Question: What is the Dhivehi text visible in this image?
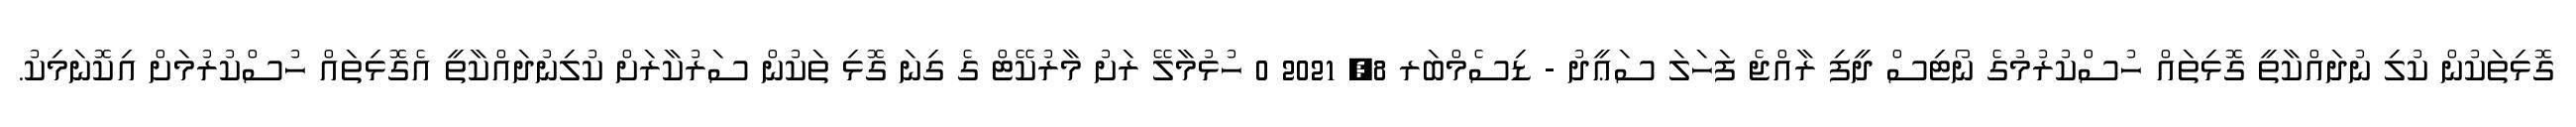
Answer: ގޮޅިތަކުން ކުލި ނުދައްކާތީ ގޮޅިތައް ހުސްކުރުމުގެ ނޯޓިސް ދީފި ރާއްޖެ ފަހަލަ ސަޢީދު - ޑިސެމްބަރ 8, 2021 0 ހުޅުމާލޭ ރަށު މާރުކޭޓް ގެ ގިނަ ގޮޅި ތަކުން ސަރުކާރަށް ކުލިނުދައްކާތީ އެގޮޅިތައް ހުސްކުރުމަށް އިކޮނަމިކު.